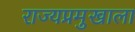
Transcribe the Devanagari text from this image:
राज्यप्रमुखाला